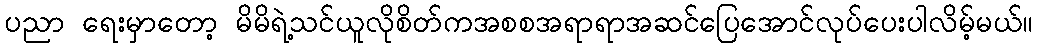
ပညာ ရေးမှာတော့ မိမိရဲ့သင်ယူလိုစိတ်ကအစစအရာရာအဆင်ပြေအောင်လုပ်ပေးပါလိမ့်မယ်။